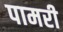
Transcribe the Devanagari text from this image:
पामरी